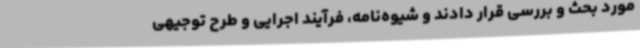
مورد بحث و بررسی قرار دادند و شیوه‌نامه، فرآیند اجرایی و طرح توجیهی